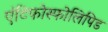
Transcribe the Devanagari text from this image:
एंटिफोस्फोलिपिड